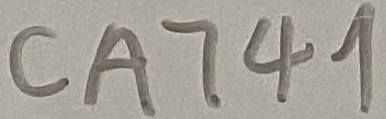
Text: CA741